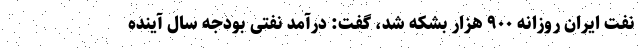
نفت ایران روزانه ۹۰۰ هزار بشکه شد، گفت: درآمد نفتی بودجه سال آینده